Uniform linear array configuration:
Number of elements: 48
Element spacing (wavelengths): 0.25
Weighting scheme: hann
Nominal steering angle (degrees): -60
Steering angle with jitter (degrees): -60.701
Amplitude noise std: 0.05
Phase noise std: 0.05

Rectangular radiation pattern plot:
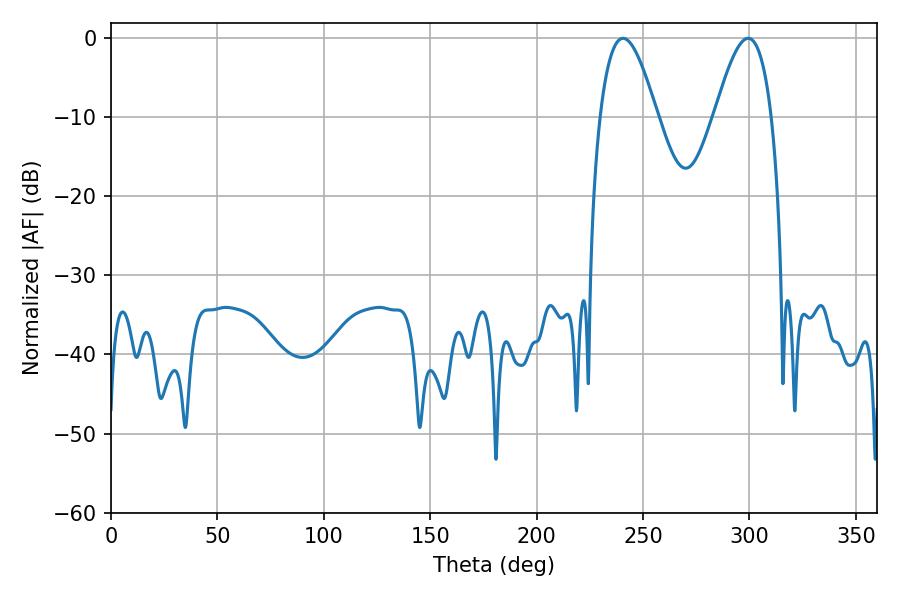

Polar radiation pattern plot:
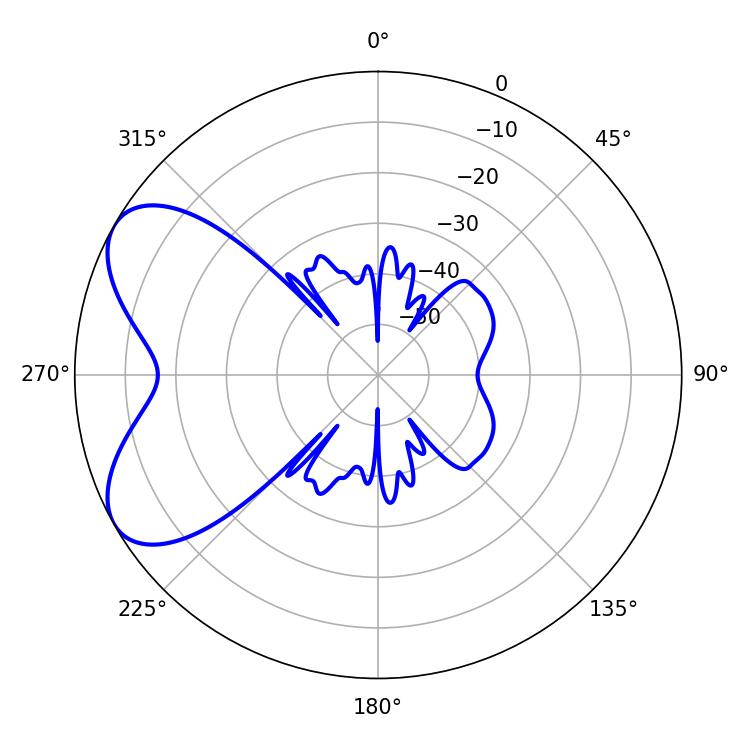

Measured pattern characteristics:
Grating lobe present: FALSE
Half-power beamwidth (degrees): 14.58
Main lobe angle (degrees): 240.66